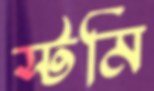
স্টর্মি